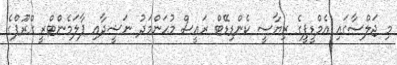
މި ޖަލްސާގައި އެމްޑީޕީގެ ރިޔާސީ ކެންޑިޑޭޓް ރައީސް މުޙަންމަދު ނަޝީދާއި ޕާލަމެންޓްރީ ގްރޫޕްގެ